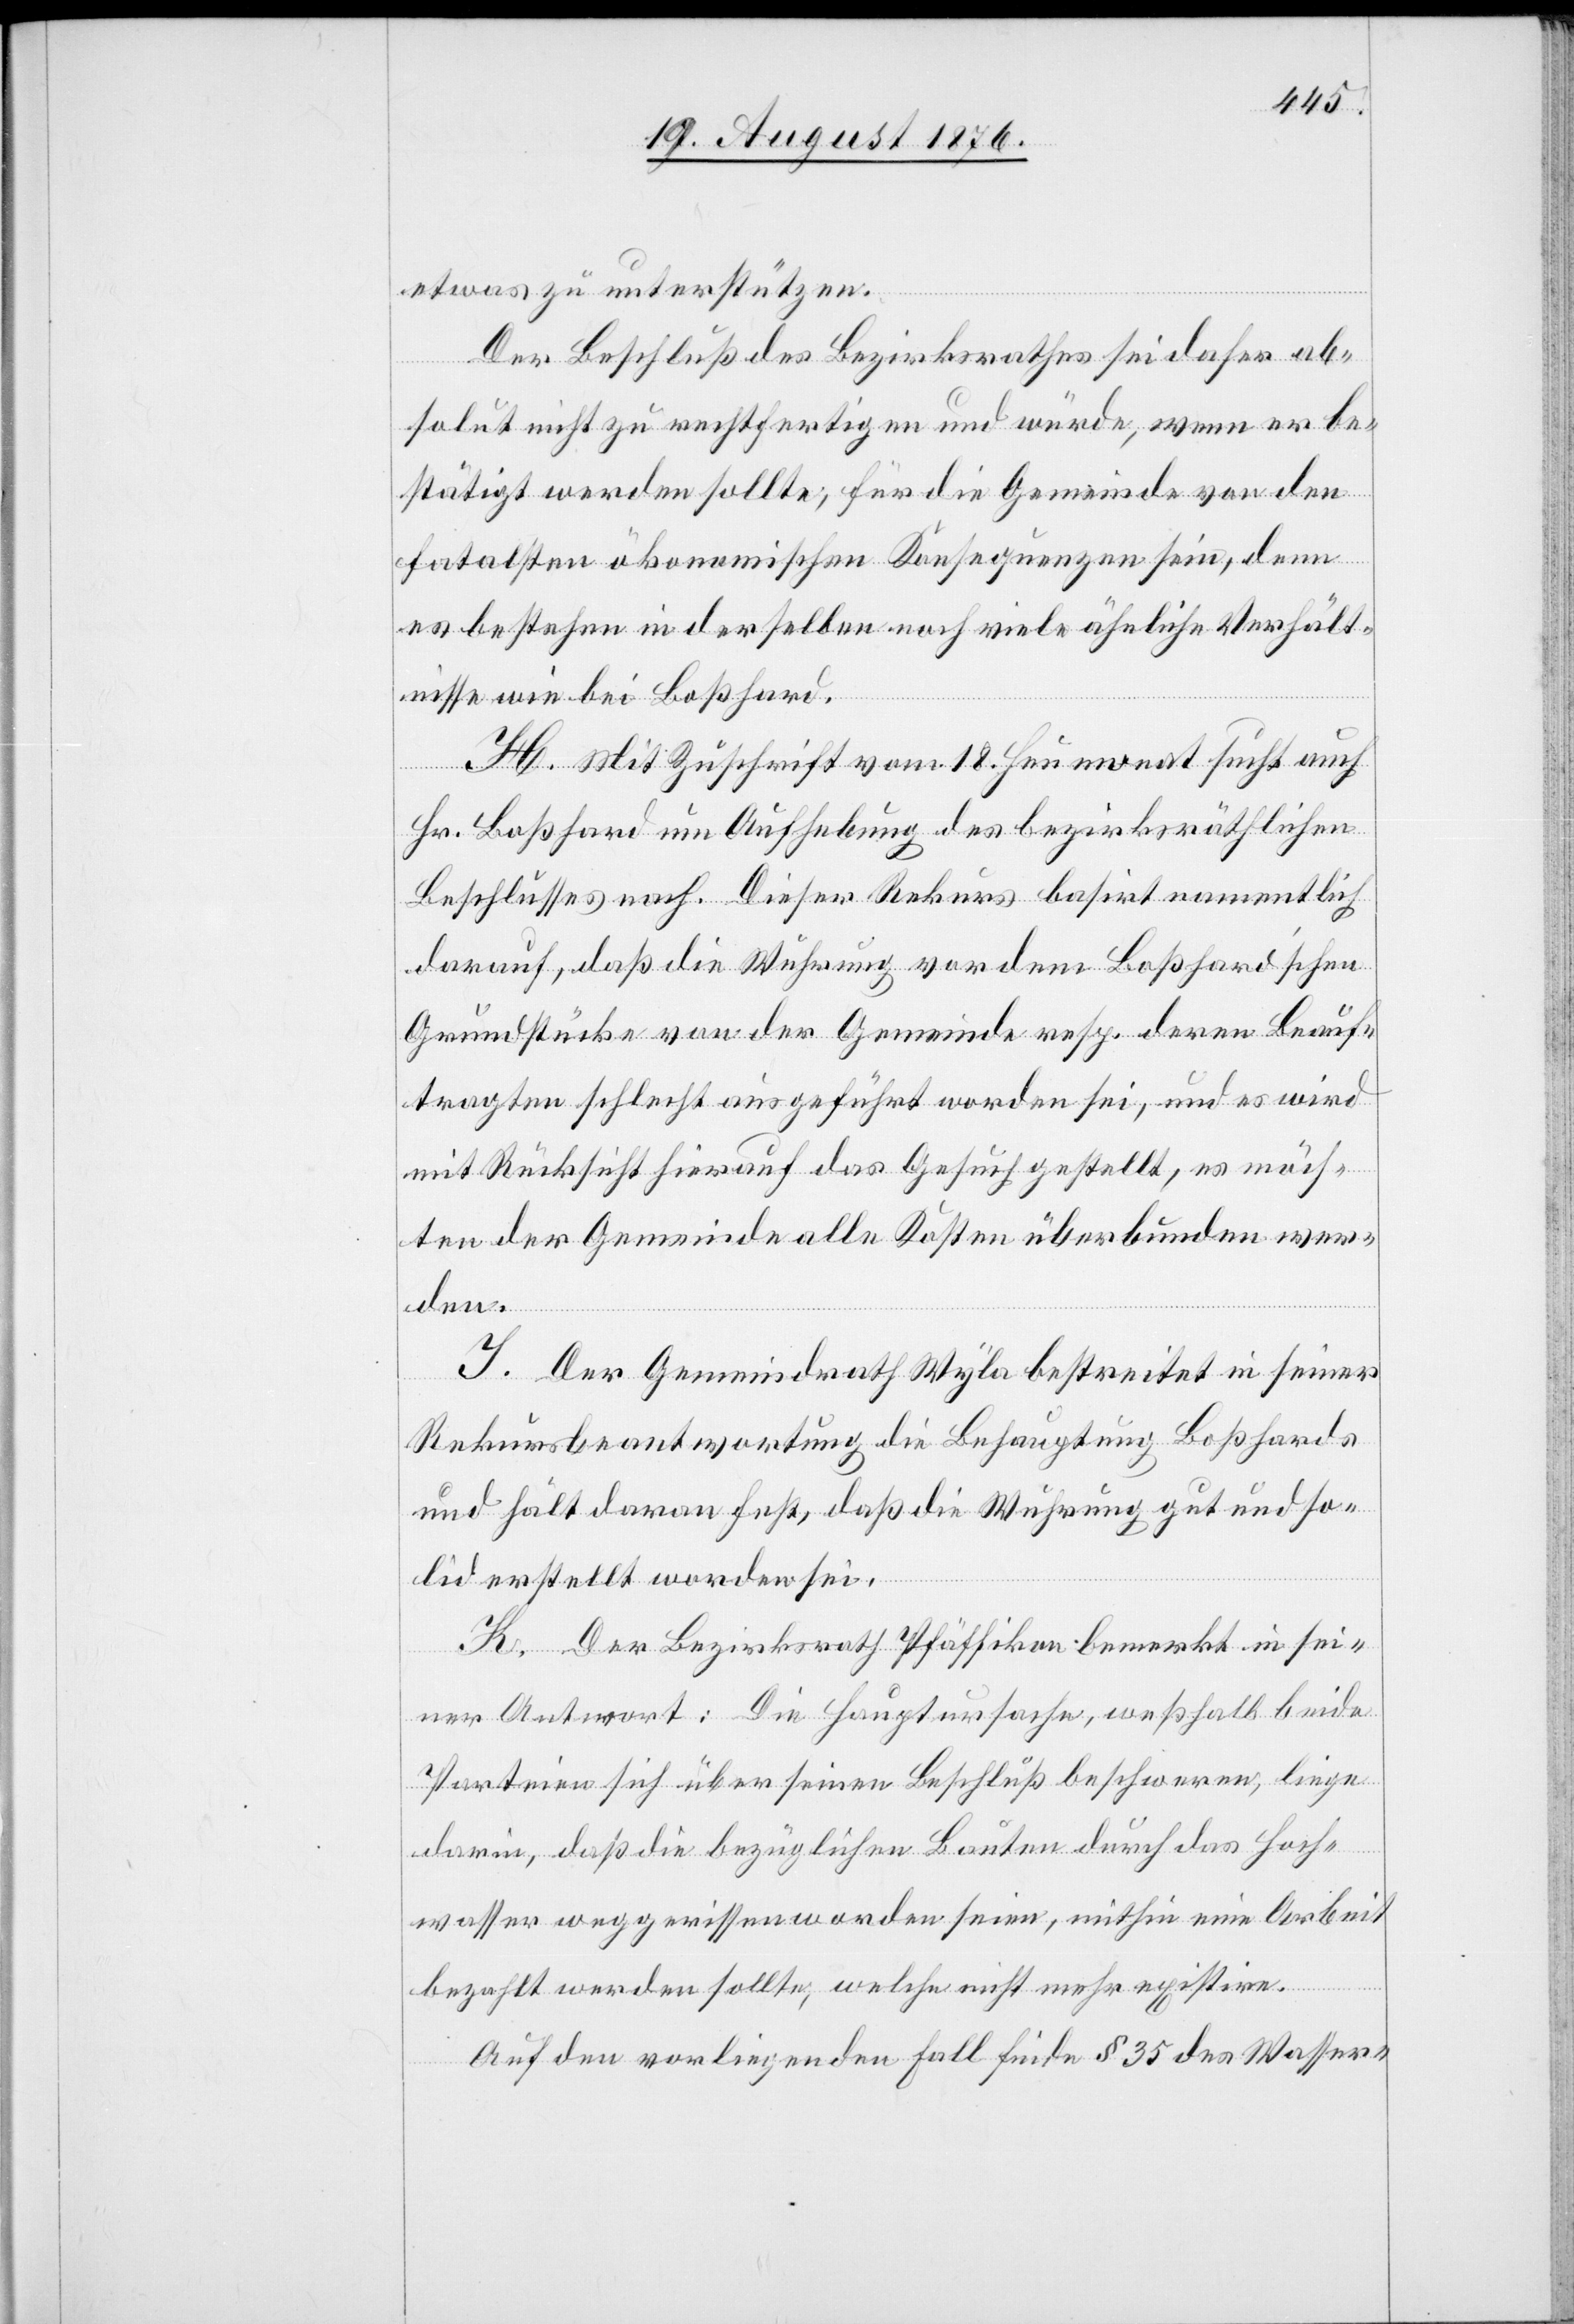
etwas zu unterstützen.
Der Beschluß des Bezirksrathes sei daher ab¬
solut nicht zu rechtfertigen und würde, wenn er be¬
stätigt werden sollte, für die Gemeinde von den
fatalsten ökonomischen Konsequenzen sein, denn
es bestehe in derselben noch viele ähnliche Verhält¬
nisse wie bei Boßhard.
H. Mit Zuschrift vom 18. Heumonat sucht auch
Hr. Boßhard um Aufhebung des bezirksräthlichen
Beschlusses nach. Dieser Rekurs basirt namentlich
darauf, daß die Wuhrung vor dem Boßhard’schen
Grundstücke von der Gemeinde resp. deren Beauf¬
tragten schlecht ausgeführt worden sei, und es wird
mit Rücksicht hierauf das Gesuch gestellt, es möch¬
ten der Gemeinde alle Kosten überbunden wer¬
den.
J. Der Gemeindrath Wyla bestreitet in seiner
Rekursbeantwortung die Behauptung Boßhards
und hält daran fest, daß die Wuhrung gut und so¬
lid erstellt worden sei.
K. Der Bezirksrath Pfäffikon bemerkt in sei¬
ner Antwort: Die Haupursache, weßhalb beide
Parteien sich über seinen Beschluß beschweren, liege
darin, daß die bezüglichen Bauten durch das Hoch¬
wasser weggerissen worden seien, mithin eine Arbeit
bezahlt werden sollte, welche nicht mehr existire.
Auf den vorliegenden Fall finde § 35 des Wasser-